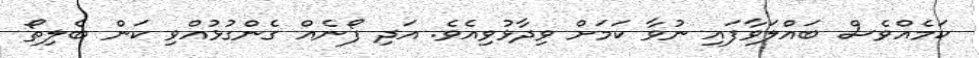
ކަމެއްވެސް ބައްލަވާފައި ނުވާ ކަމަށް ވިދާޅުވިއެވެ. އަދި ފޯނެއް ގެންގުޅުއްވި ކަން ބެލިތޯ